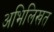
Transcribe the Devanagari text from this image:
अभिलिखत